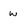
Character: w